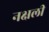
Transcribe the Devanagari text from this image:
नक्षली